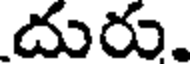
దురు.